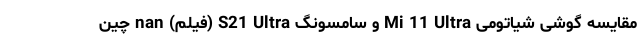
مقایسه گوشی شیاتومی Mi 11 Ultra و سامسونگ S21 Ultra (فیلم) nan چین